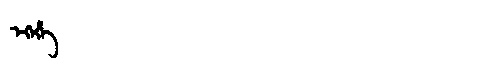
Manchu: ᡝᡴᡝᡥᡝ
Romanization: EKEHE